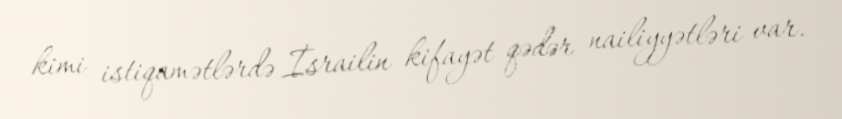
kimi istiqamətlərdə İsrailin kifayət qədər nailiyyətləri var.